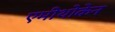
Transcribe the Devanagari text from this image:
एमीथोकेन